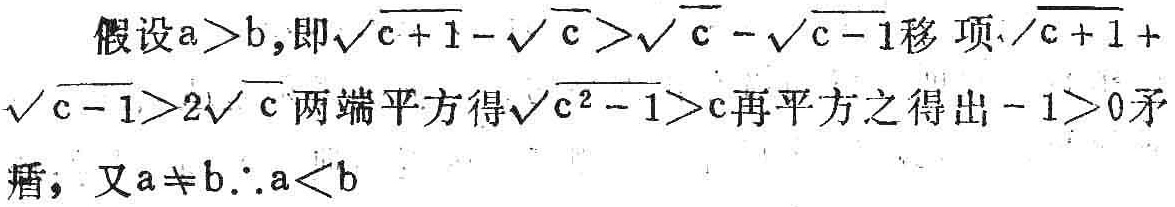
假设\(a > b\)，即\(\sqrt{c + 1} - \sqrt{c} > \sqrt{c} - \sqrt{c - 1}\)移项\(\sqrt{c + 1} + \sqrt{c - 1} > 2\sqrt{c}\)两端平方得\(\sqrt{c^{2} - 1} > c\)再平方之得出\(-1 > 0\)矛盾，又\(a \neq b\).\(\therefore a < b\)